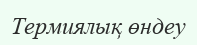
Термиялық өндеу